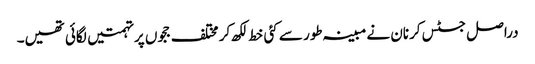
دراصل جسٹس کرنان نے مبینہ طور سے کئی خط لکھ کر مختلف ججوں پر تہمتیں لگائی تھیں۔